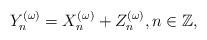
LaTeX: \begin{align*} Y_{n}^{(\omega)}=X_{n}^{(\omega)}+Z_{n}^{(\omega)}, n \in \mathbb{Z},\end{align*}